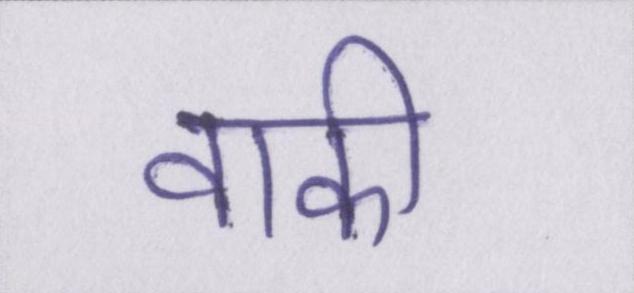
वाकी